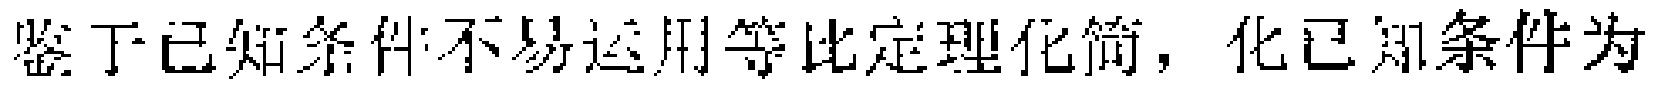
鉴于已知条件不易运用等比定理化简，化已知条件为